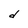
Character: d